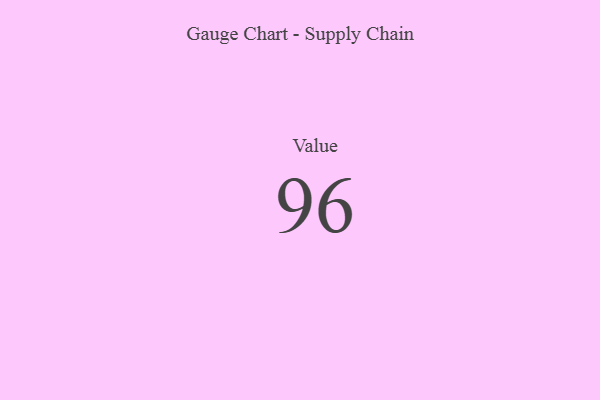
{"axis": {"x": "Metric", "y": "Value"}, "legend": [""], "data": [{"x": "Value", "y": 96, "type": ""}]}